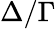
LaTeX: \Delta/\Gamma